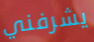
يشرفني